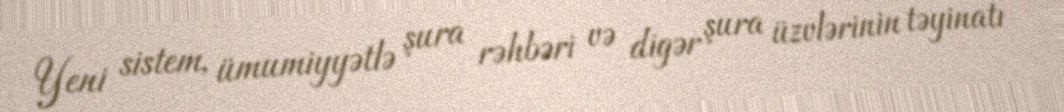
Yeni sistem, ümumiyyətlə şura rəhbəri və digər şura üzvlərinin təyinatı